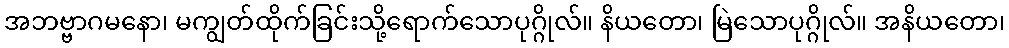
အဘဗ္ဗာဂမနော၊ မကျွတ်ထိုက်ခြင်းသို့ရောက်သောပုဂ္ဂိုလ်။ နိယတော၊ မြဲသောပုဂ္ဂိုလ်။ အနိယတော၊